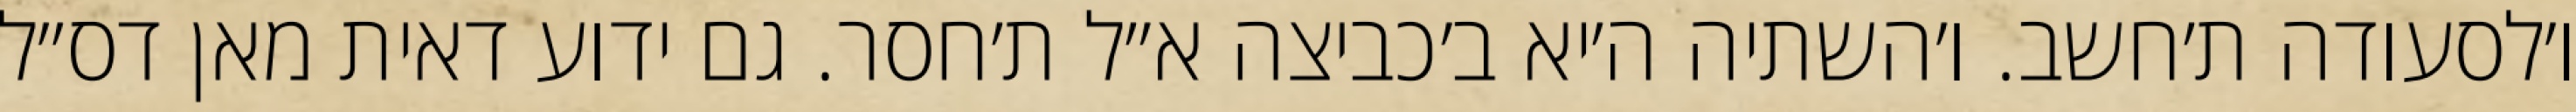
ו׳לסעודה ת׳חשב. ו׳השתיה ה׳יא ב׳כביצה א״ל ת׳חסר. גם ידוע דאית מאן דס״ל